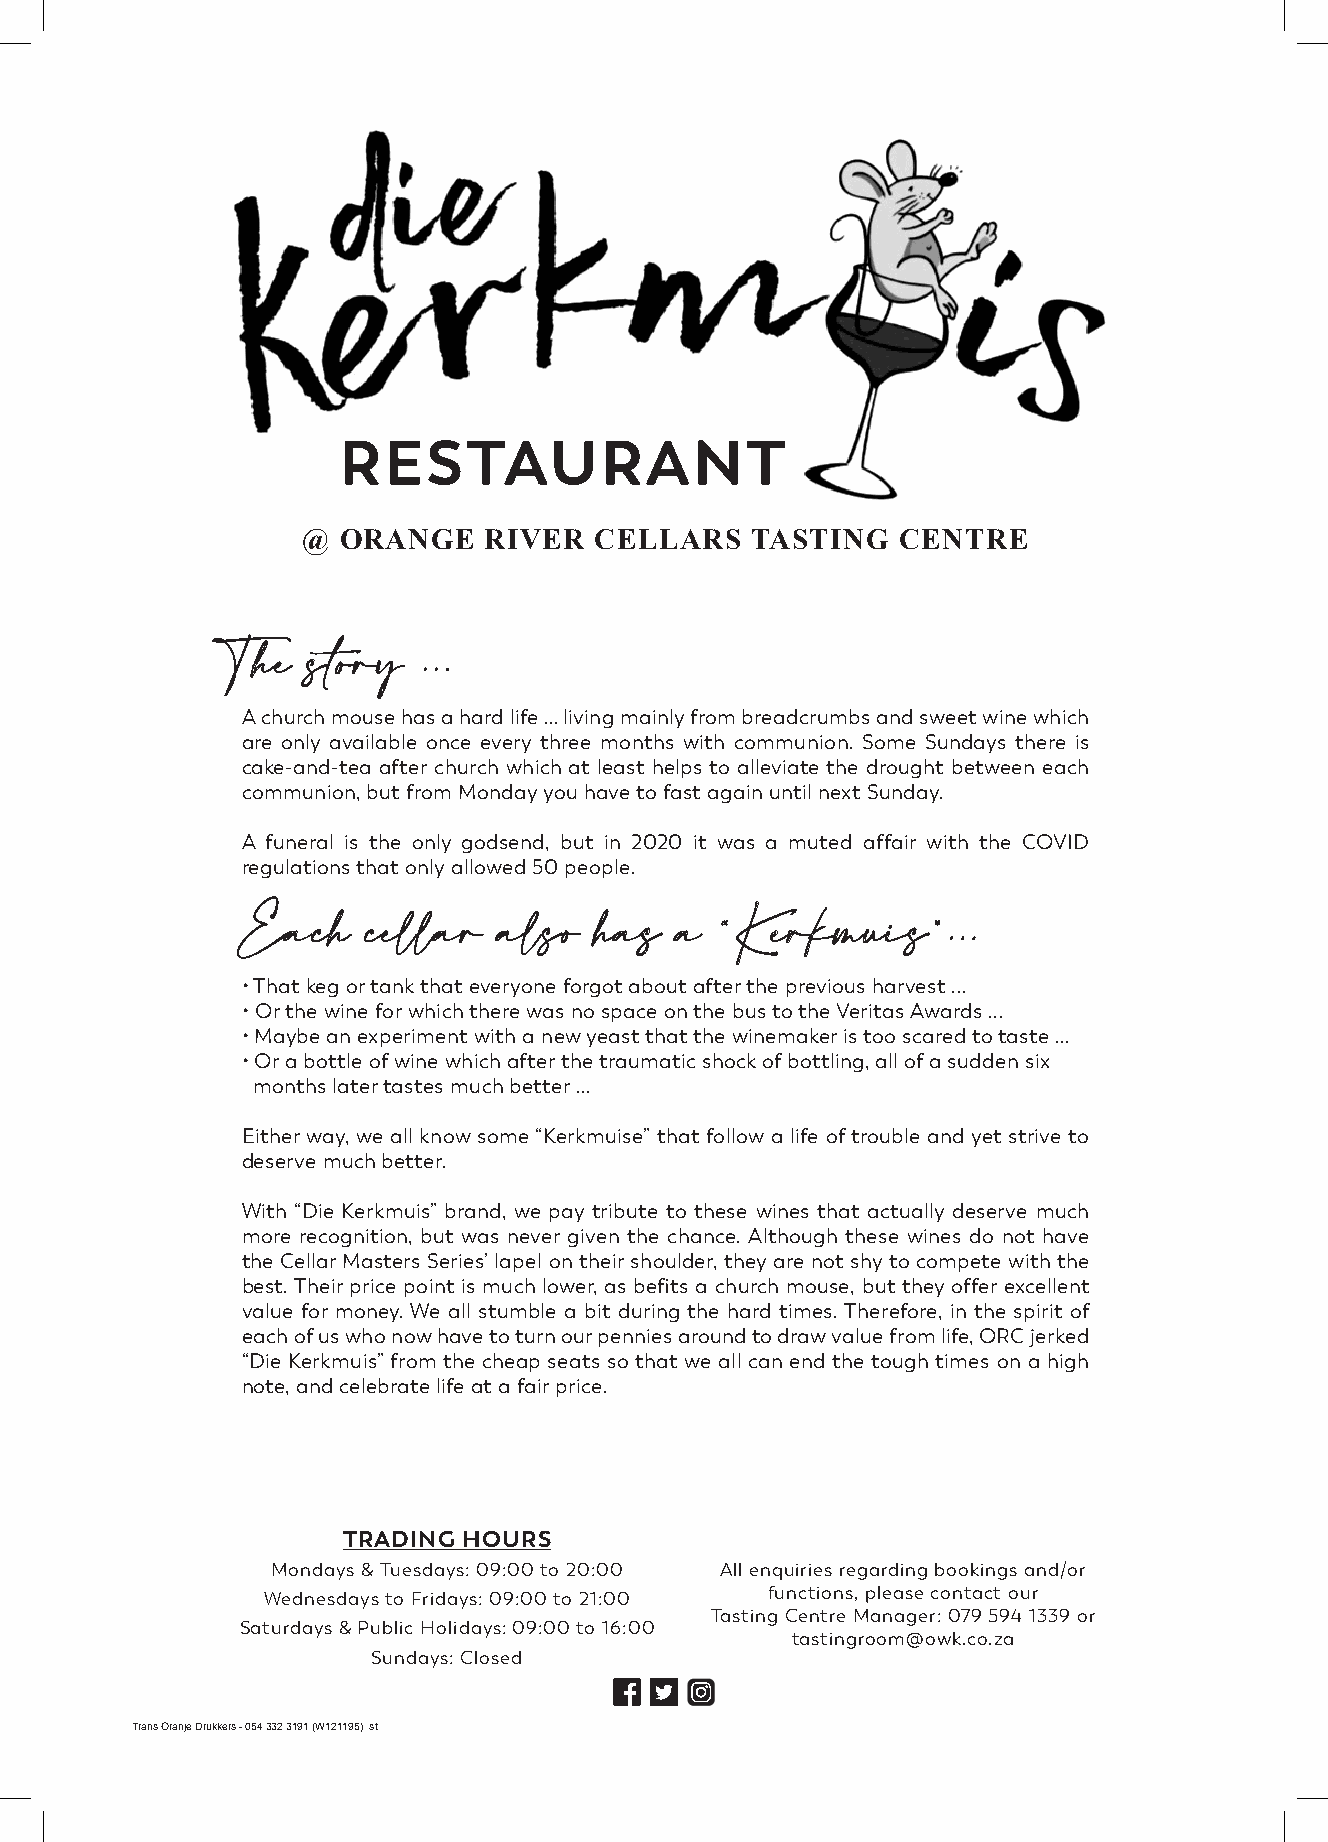
RESTAURANT
 @ ORANGE    RIVER  CELLARS    TASTING   CENTRE
 TThhee ssttoorryy ......
 A church mouse has a hard life … living mainly from breadcrumbs and sweet wine which
 are only available once every three months with communion. Some Sundays there is
 cake-and-tea after church which at least helps to alleviate the drought between each
 communion, but from Monday you have to fast again until next Sunday.
 A funeral is the only godsend, but in 2020 it was a muted affair with the COVID
 regulations that only allowed 50 people.
 EEaacchh cceellllaarr aallssoo hhaass aa ““KKeerrkkmmuuiiss””......
 • That keg or tank that everyone forgot about after the previous harvest ...
 • Or the wine for which there was no space on the bus to the Veritas Awards ...
 • Maybe an experiment with a new yeast that the winemaker is too scared to taste …
 • Or a bottle of wine which after the traumatic shock of bottling, all of a sudden six
 months later tastes much better ...
 Either way, we all know some “Kerkmuise” that follow a life of trouble and yet strive to
 deserve much better.
 With “Die Kerkmuis” brand, we pay tribute to these wines that actually deserve much
 more recognition, but was never given the chance. Although these wines do not have
 the Cellar Masters Series’ lapel on their shoulder, they are not shy to compete with the
 best. Their price point is much lower, as befits a church mouse, but they offer excellent
 value for money. We all stumble a bit during the hard times. Therefore, in the spirit of
 each of us who now have to turn our pennies around to draw value from life, ORC jerked
 “Die Kerkmuis” from the cheap seats so that we all can end the tough times on a high
 note, and celebrate life at a fair price.
 TRADING HOURS
 Mondays & Tuesdays: 09:00 to 20:00 All enquiries regarding bookings and/or
 Wednesdays to Fridays: 09:00 to 21:00 functions, please contact our
 Tasting Centre Manager: 079 594 1339 or
 Saturdays & Public Holidays: 09:00 to 16:00
 tastingroom@owk.co.za
 Sundays: Closed
 Trans Oranje Drukkers - 054 332 3191 (W121195) st